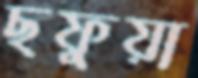
ছফুয়া